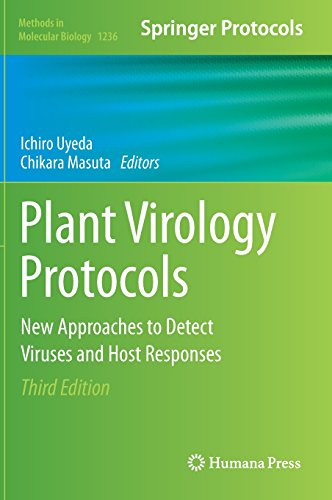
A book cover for Plant Virology Protocols: New Approaches to Detect Viruses and Host Responses (Methods in Molecular Biology); Medical Books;